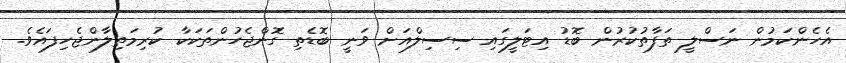
އެހެންކަމުން ނަސްލީ ތަފާތުކުރުން ބޮޑު އިޓަލީގައި ސިސިލްއަށް ވަނީ ބޮޑެތި ގޮންޖެހުންތަކަކާ ކުރިމަތިލާންޖެހިފައެވެ.